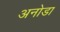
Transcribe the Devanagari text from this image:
अनोडा